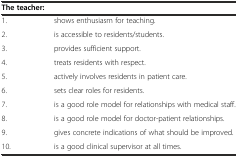
<table><thead><tr><td colspan="2"><b>The teacher:</b></td></tr></thead><tbody><tr><td>1.</td><td>shows enthusiasm for teaching.</td></tr><tr><td>2.</td><td>is accessible to residents/students.</td></tr><tr><td>3.</td><td>provides sufficient support.</td></tr><tr><td>4.</td><td>treats residents with respect.</td></tr><tr><td>5.</td><td>actively involves residents in patient care.</td></tr><tr><td>6.</td><td>sets clear roles for residents.</td></tr><tr><td>7.</td><td>is a good role model for relationships with medical staff.</td></tr><tr><td>8.</td><td>is a good role model for doctor-patient relationships.</td></tr><tr><td>9.</td><td>gives concrete indications of what should be improved.</td></tr><tr><td>10.</td><td>is a good clinical supervisor at all times.</td></tr></tbody></table>